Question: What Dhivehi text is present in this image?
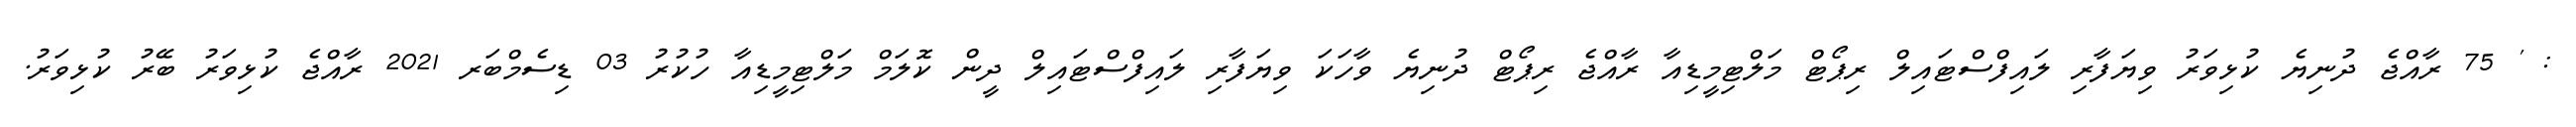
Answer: : ' 75 ރާއްޖެ ދުނިޔެ ކުޅިވަރު ވިޔަފާރި ލައިފްސްޓައިލް ރިޕޯޓް މަލްޓިމީޑިއާ ރާއްޖެ ރިޕޯޓް ދުނިޔެ ވާހަކަ ވިޔަފާރި ލައިފްސްޓައިލް ދީން ކޮލަމް މަލްޓިމީޑިއާ ހުކުރު 03 ޑިސެމްބަރ 2021 ރާއްޖެ ކުޅިވަރު ބޭރު ކުޅިވަރު.